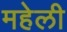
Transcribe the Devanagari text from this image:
महेली